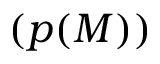
( p ( M ) )